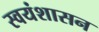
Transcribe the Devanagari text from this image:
स्वयंशासन